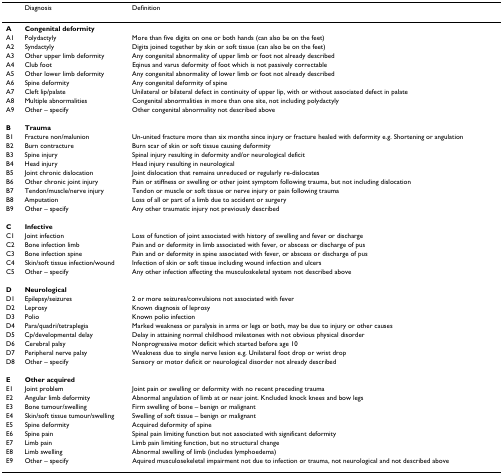
<table><thead><tr><td></td><td><b>Diagnosis</b></td><td><b>Definition</b></td></tr></thead><tbody><tr><td><b>A</b></td><td><b>Congenital deformity</b></td><td></td></tr><tr><td>A1</td><td>Polydactyly</td><td>More than five digits on one or both hands (can also be on the feet)</td></tr><tr><td>A2</td><td>Syndactyly</td><td>Digits joined together by skin or soft tissue (can also be on the feet)</td></tr><tr><td>A3</td><td>Other upper limb deformity</td><td>Any congenital abnormality of upper limb or foot not already described</td></tr><tr><td>A4</td><td>Club foot</td><td>Eqinus and varus deformity of foot which is not passively correctable</td></tr><tr><td>A5</td><td>Other lower limb deformity</td><td>Any congenital abnormality of lower limb or foot not already described</td></tr><tr><td>A6</td><td>Spine deformity</td><td>Any congenital deformity of spine</td></tr><tr><td>A7</td><td>Cleft lip/palate</td><td>Unilateral or bilateral defect in continuity of upper lip, with or without associated defect in palate</td></tr><tr><td>A8</td><td>Multiple abnormalities</td><td>Congenital abnormalities in more than one site, not including polydactyly</td></tr><tr><td>A9</td><td>Other – specify</td><td>Other congenital abnormality not described above</td></tr><tr><td><b>B</b></td><td><b>Trauma</b></td><td></td></tr><tr><td>B1</td><td>Fracture non/malunion</td><td>Un-united fracture more than six months since injury or fracture healed with deformity e.g. Shortening or angulation</td></tr><tr><td>B2</td><td>Burn contracture</td><td>Burn scar of skin or soft tissue causing deformity</td></tr><tr><td>B3</td><td>Spine injury</td><td>Spinal injury resulting in deformity and/or neurological deficit</td></tr><tr><td>B4</td><td>Head injury</td><td>Head injury resulting in neurological</td></tr><tr><td>B5</td><td>Joint chronic dislocation</td><td>Joint dislocation that remains unreduced or regularly re-dislocates</td></tr><tr><td>B6</td><td>Other chronic joint injury</td><td>Pain or stiffness or swelling or other joint symptom following trauma, but not including dislocation</td></tr><tr><td>B7</td><td>Tendon/muscle/nerve injury</td><td>Tendon or muscle or soft tissue or nerve injury or pain following trauma</td></tr><tr><td>B8</td><td>Amputation</td><td>Loss of all or part of a limb due to accident or surgery</td></tr><tr><td>B9</td><td>Other – specify</td><td>Any other traumatic injury not previously described</td></tr><tr><td><b>C</b></td><td><b>Infective</b></td><td></td></tr><tr><td>C1</td><td>Joint infection</td><td>Loss of function of joint associated with history of swelling and fever or discharge</td></tr><tr><td>C2</td><td>Bone infection limb</td><td>Pain and or deformity in limb associated with fever, or abscess or discharge of pus</td></tr><tr><td>C3</td><td>Bone infection spine</td><td>Pain and or deformity in spine associated with fever, or abscess or discharge of pus</td></tr><tr><td>C4</td><td>Skin/soft tissue infection/wound</td><td>Infection of skin or soft tissue including wound infection and ulcers</td></tr><tr><td>C5</td><td>Other – specify</td><td>Any other infection affecting the musculoskeletal system not described above</td></tr><tr><td><b>D</b></td><td><b>Neurological</b></td><td></td></tr><tr><td>D1</td><td>Epilepsy/seizures</td><td>2 or more seizures/convulsions not associated with fever</td></tr><tr><td>D2</td><td>Leprosy</td><td>Known diagnosis of leprosy</td></tr><tr><td>D3</td><td>Polio</td><td>Known polio infection</td></tr><tr><td>D4</td><td>Para/quadri/tetraplegia</td><td>Marked weakness or paralysis in arms or legs or both, may be due to injury or other causes</td></tr><tr><td>D5</td><td>Cp/developmental delay</td><td>Delay in attaining normal childhood milestones with not obvious physical disorder</td></tr><tr><td>D6</td><td>Cerebral palsy</td><td>Nonprogressive motor deficit which started before age 10</td></tr><tr><td>D7</td><td>Peripheral nerve palsy</td><td>Weakness due to single nerve lesion e.g. Unilateral foot drop or wrist drop</td></tr><tr><td>D8</td><td>Other – specify</td><td>Sensory or motor deficit or neurological disorder not already described</td></tr><tr><td><b>E</b></td><td><b>Other acquired</b></td><td></td></tr><tr><td>E1</td><td>Joint problem</td><td>Joint pain or swelling or deformity with no recent preceding trauma</td></tr><tr><td>E2</td><td>Angular limb deformity</td><td>Abnormal angulation of limb at or near joint. Kncluded knock knees and bow legs</td></tr><tr><td>E3</td><td>Bone tumour/swelling</td><td>Firm swelling of bone – benign or malignant</td></tr><tr><td>E4</td><td>Skin/soft tissue tumour/swelling</td><td>Swelling of soft tissue – benign or malignant</td></tr><tr><td>E5</td><td>Spine deformity</td><td>Acquired deformity of spine</td></tr><tr><td>E6</td><td>Spine pain</td><td>Spinal pain limiting function but not associated with significant deformity</td></tr><tr><td>E7</td><td>Limb pain</td><td>Limb pain limiting function, but no structural change</td></tr><tr><td>E8</td><td>Limb swelling</td><td>Abnormal swelling of limb (includes lymphoedema)</td></tr><tr><td>E9</td><td>Other – specify</td><td>Aquired musculosekeletal impairment not due to infection or trauma, not neurological and not described above</td></tr></tbody></table>